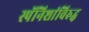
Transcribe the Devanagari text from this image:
स्पॅनिशांविरुद्ध